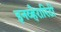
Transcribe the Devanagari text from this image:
इनव्हेरारिटी